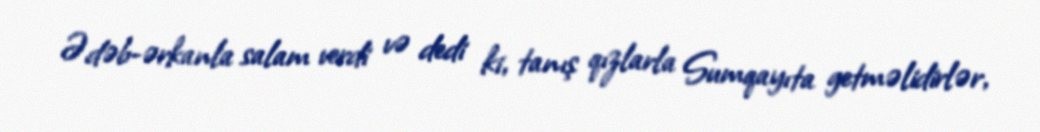
Ədəb-ərkanla salam verdi və dedi ki, tanış qızlarla Sumqayıta getməlidirlər,